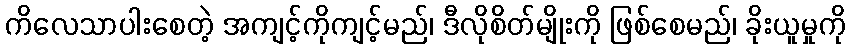
ကိလေသာပါးစေတဲ့ အကျင့်ကိုကျင့်မည်၊ ဒီလိုစိတ်မျိုးကို ဖြစ်စေမည်၊ ခိုးယူမှုကို